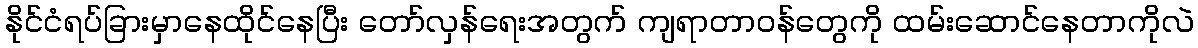
နိုင်ငံရပ်ခြားမှာနေထိုင်နေပြီး တော်လှန်ရေးအတွက် ကျရာတာဝန်တွေကို ထမ်းဆောင်နေတာကိုလဲ